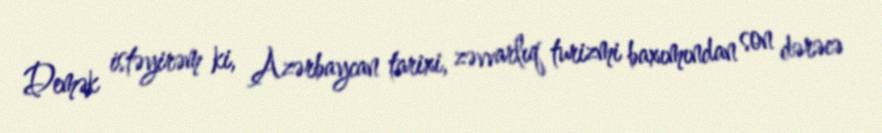
Demək istəyirəm ki, Azərbaycan tarixi, zəvvarlıq turizmi baxımından son dərəcə